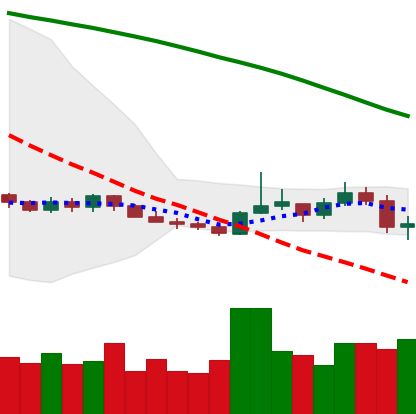
Ticker: XMR-USD
Chart end date: 2019-10-24
Forward return: 11.787%
Label: up_7plus